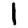
Digit: 1